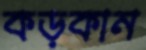
কড়কান